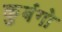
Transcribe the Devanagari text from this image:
कुबंगो